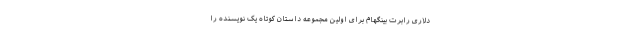
دلاری رابرت بینگهام برای اولین مجموعه داستان‌ کوتاه یک نویسنده را